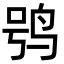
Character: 鸮